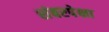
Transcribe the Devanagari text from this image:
शंबरपेक्षा